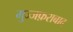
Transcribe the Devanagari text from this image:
मुज्जफ़राबाद